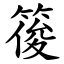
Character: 䈗